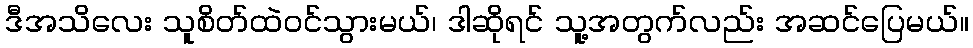
ဒီအသိလေး သူစိတ်ထဲဝင်သွားမယ်၊ ဒါဆိုရင် သူ့အတွက်လည်း အဆင်ပြေမယ်။